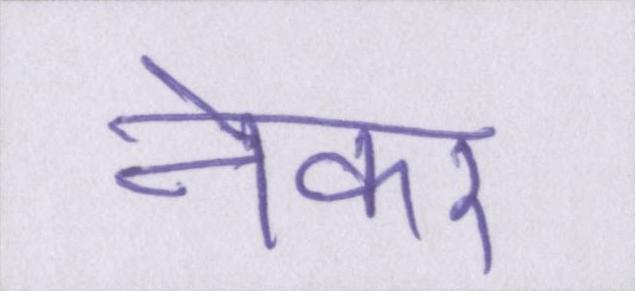
नेकर